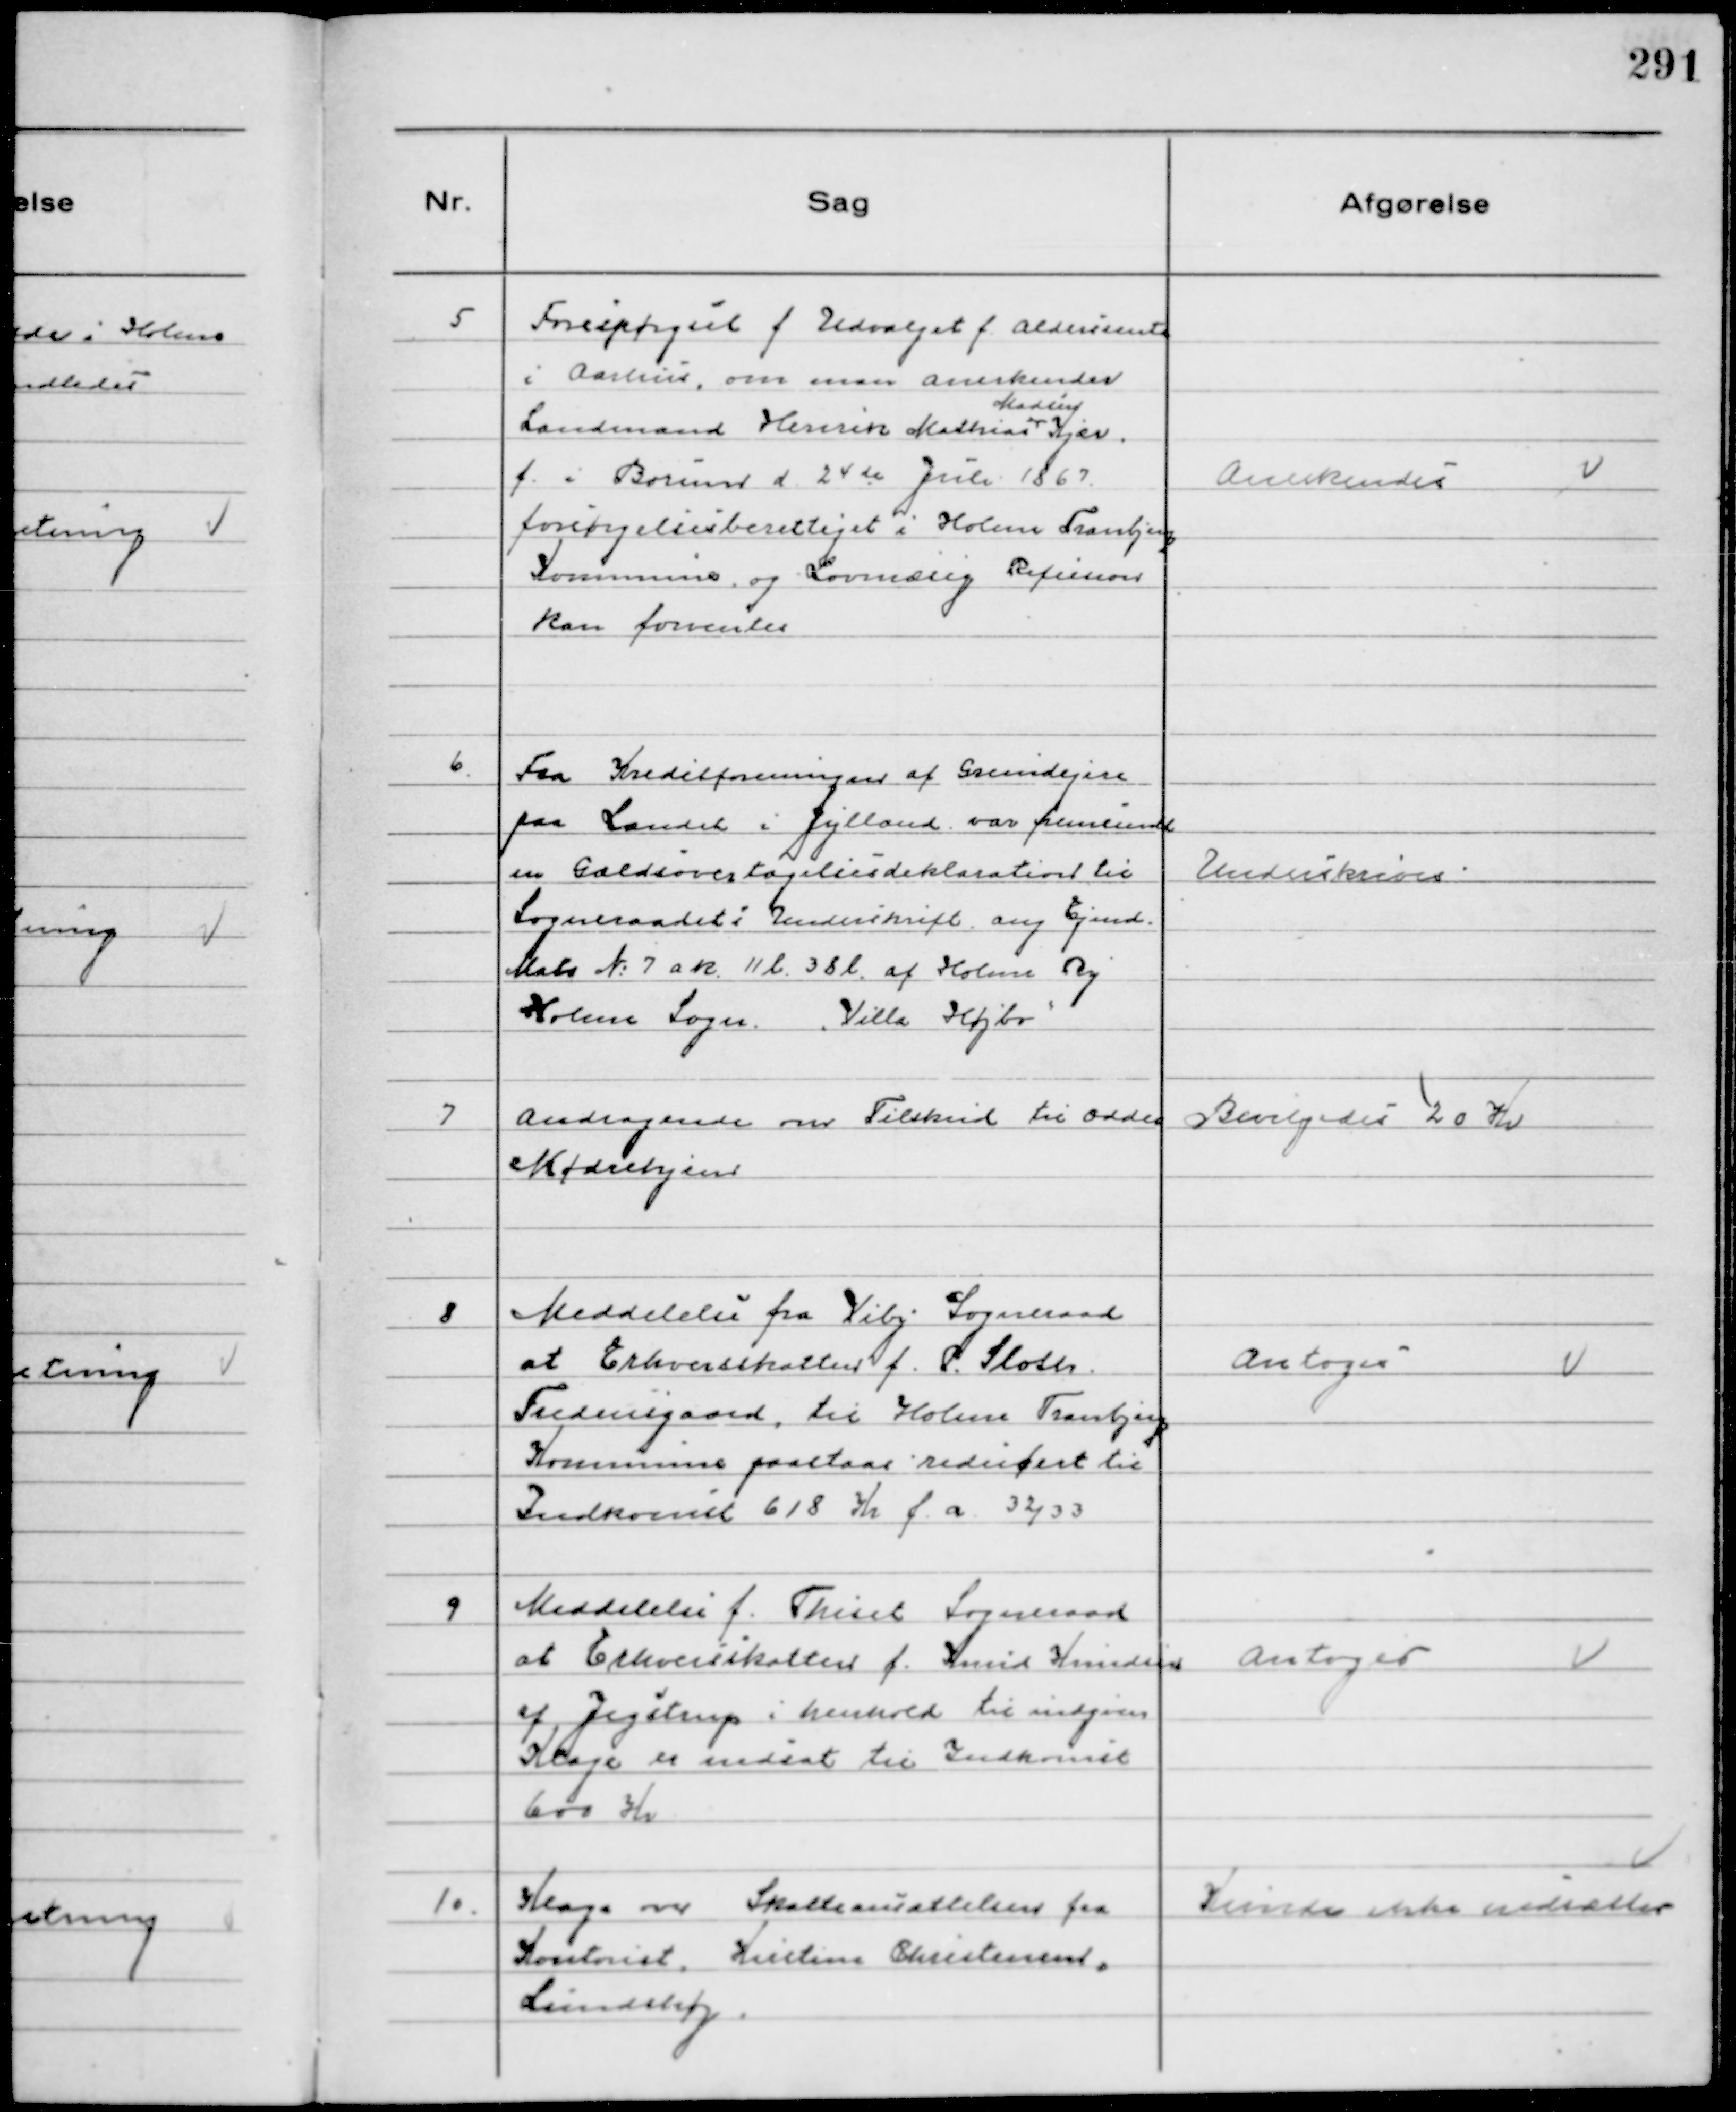
Transskription:
5
Forespørgsel f Udvalget f Aldersrente
i Aarhus, om man anerkender 
Landmand Henrik Mathias
Madsen
Kjær
f. i Borum d 24de Juli 1867
forsørgelsesberettiget i Holme Tranbjerg
Kommune og Lovmæssig Refusion
kan forventes

Anerkendes

6.
Fra Kreditforeningen af Grundejere
paa Landet i Jylland var fremsendt
en Gældsovertagelsesdeklaration til
Sogneraadets Underskrift ang Ejend.
Matr №7 a k. 11 l. 38 l. af Holme By
Holme Sogn "Villa Højbo"

Underskrives

7
Andragende om Tilskud til Odder
Mødrehjem

Bevilgedes 20 Kr

8
Meddelelse fra Viby Sogneraad
at Erhvervsskatten f. P. Sloth
Fredensgaard, til Holme Tranbjerg
Kommune paastaas reducert til
Indkomst 618 Kr f. a. 32/33

Antoges

9
Meddelelse f. Thiset Sogneraad
at Erhvervsskatten f. Knud Knudsen 
af Jegstrup i henhold til indgiven
Klage er nedsat til Indkomst
600 Kr

Antoges

10.
Klage over Skatteansættelsen fra
Kontorist Kristine Christensen,
Lundshøj

Kunde ikke nedsættes